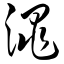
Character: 渑